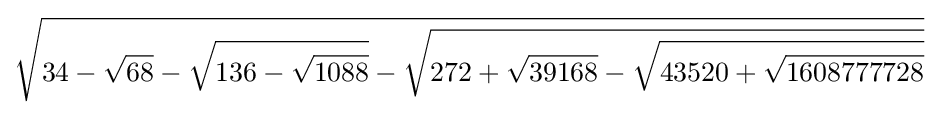
{\sqrt {34-{\sqrt {68}}-{\sqrt {136-{\sqrt {1088}}}}-{\sqrt {272+{\sqrt {39168}}-{\sqrt {43520+{\sqrt {1608777728}}}}}}}}